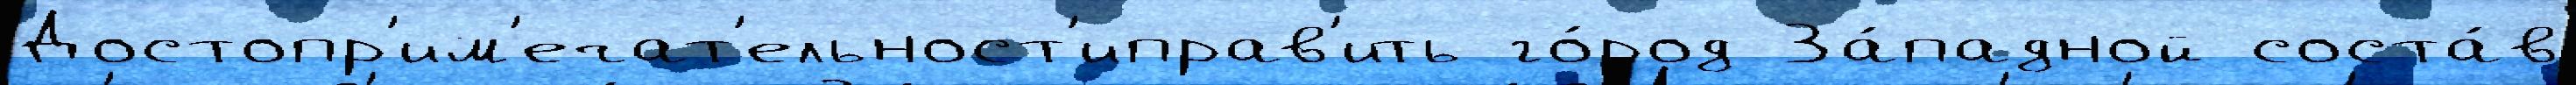
Достопр'им'ечат'ельност'иправ'ить го́род За́падной соста́в